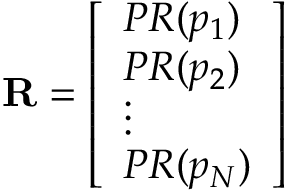
\mathbf { R } = { \left[ \begin{array} { l } { P R ( p _ { 1 } ) } \\ { P R ( p _ { 2 } ) } \\ { \vdots } \\ { P R ( p _ { N } ) } \end{array} \right] }